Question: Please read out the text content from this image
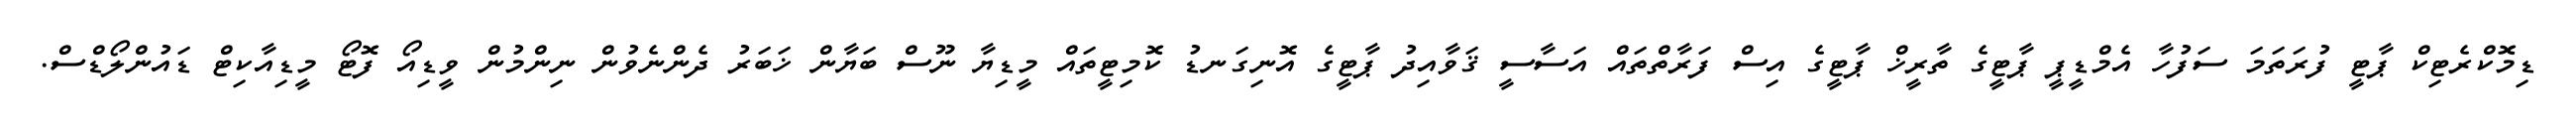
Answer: ޑިމޮކްރެޓިކް ޕާޓީ ފުރަތަމަ ސަފުހާ އެމްޑީޕީ ޕާޓީގެ ތާރީޚް ޕާޓީގެ އިސް ފަރާތްތައް އަސާސީ ޤަވާއިދު ޕާޓީގެ އޮނިގަނޑު ކޮމިޓީތައް މީޑިޔާ ނޫސް ބަޔާން ޚަބަރު ދެންނެވުން ނިންމުން ވީޑިއޯ ފޮޓޯ މީޑިއާކިޓް ޑައުންލޯޑްސް.